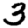
Digit: 3